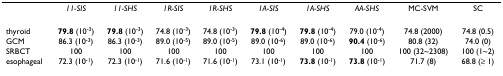
|  | 11-SIS | 11-SHS | 1R-SIS | 1R-SHS | 1A-SIS | 1A-SHS | AA-SHS | MC-SVM | SC |
 | --- | --- | --- | --- | --- | --- | --- | --- | --- | --- |
 | thyroid | 79.8 (10-3) | 79.8 (10-3) | 74.8 (10-3) | 74.8 (10-3) | 79.8 (10-4) | 79.8 (10-4) | 79.0 (10-4) | 74.8 (2000) | 74.8 (0.5) |
 | GCM | 86.3 (10-3) | 86.3 (10-3) | 89.0 (10-5) | 89.0 (10-5) | 89.0 (10-6) | 89.0 (10-6) | 90.4 (10-6) | 80.8 (32) | 74.0 (0) |
 | SRBCT | 100 | 100 | 100 | 100 | 100 | 100 | 100 | 100 (32~2308) | 100 (1~2) |
 | esophageal | 72.3 (10-1) | 72.3 (10-1) | 71.6 (10-1) | 71.6 (10-1) | 73.1 (10-1) | 73.8 (10-1) | 73.8 (10-1) | 71.7 (8) | 68.8 (≥ 1) |